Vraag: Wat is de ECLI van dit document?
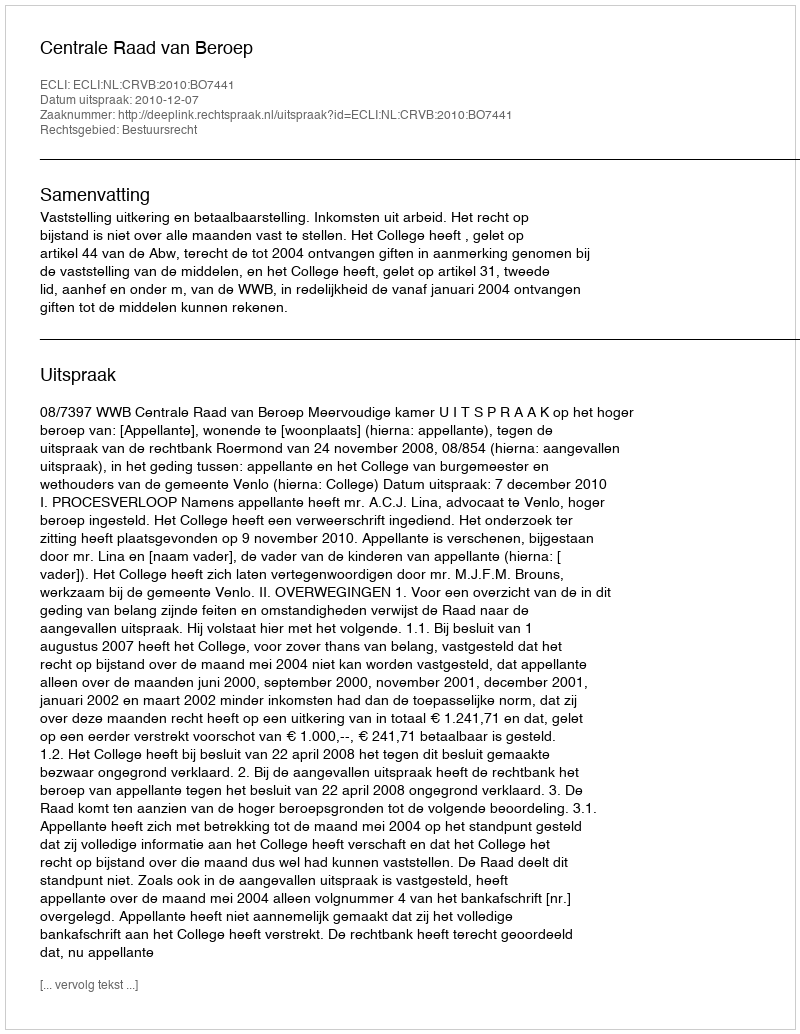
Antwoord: ECLI:NL:CRVB:2010:BO7441